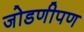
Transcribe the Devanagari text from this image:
जोडणीपण